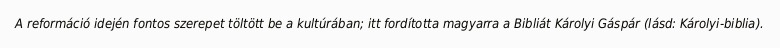
A reformáció idején fontos szerepet töltött be a kultúrában; itt fordította magyarra a Bibliát Károlyi Gáspár (lásd: Károlyi-biblia).